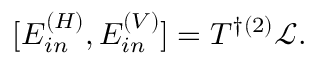
[ E _ { i n } ^ { ( H ) } , E _ { i n } ^ { ( V ) } ] = T ^ { \dagger ( 2 ) } \mathcal { L } .